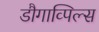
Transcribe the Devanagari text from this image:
डौगाव्पिल्स